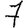
Digit: 7